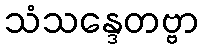
သံသန္ဒေတဗ္ဗာ